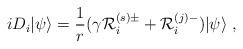
LaTeX: \begin{align*}i D_i|\psi\rangle=\frac{1}{r}(\gamma {\cal R}_{i}^{(s)\pm} + {\cal R}_{i}^{(j)-})|\psi\rangle~,\end{align*}